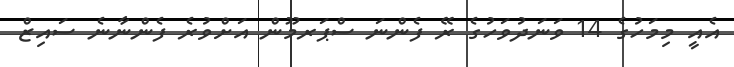
އެއީ މިމަހުގެ 14 ވަނަދުވަހުގެ ރޭ ފެންނަ ސްޕަރމޫން އަށްވުރެ ފެންނާނެ ސައިޒް